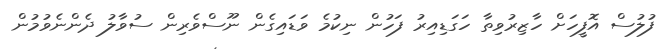
ފުލުސް އޮފީހަށް ހާޒިރުވިތާ ހަގަޑިއިރު ފަހުން ނިކުމެ ވަޑައިގެން ނޫސްވެެރިން ސުވާލު ދެންނެވުމުން